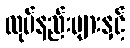
လုပ်နည်းများနှင့်